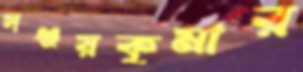
সঞ্জয়কুমার